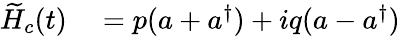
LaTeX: \begin{array}{rl}{\widetilde{H}_{c}(t)}&{{}=p(a+a^{\dagger})+iq(a-a^{\dagger})}\end{array}